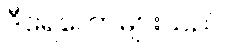
ဒီရေတောများသည်